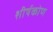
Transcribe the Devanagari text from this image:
शीर्षकोण